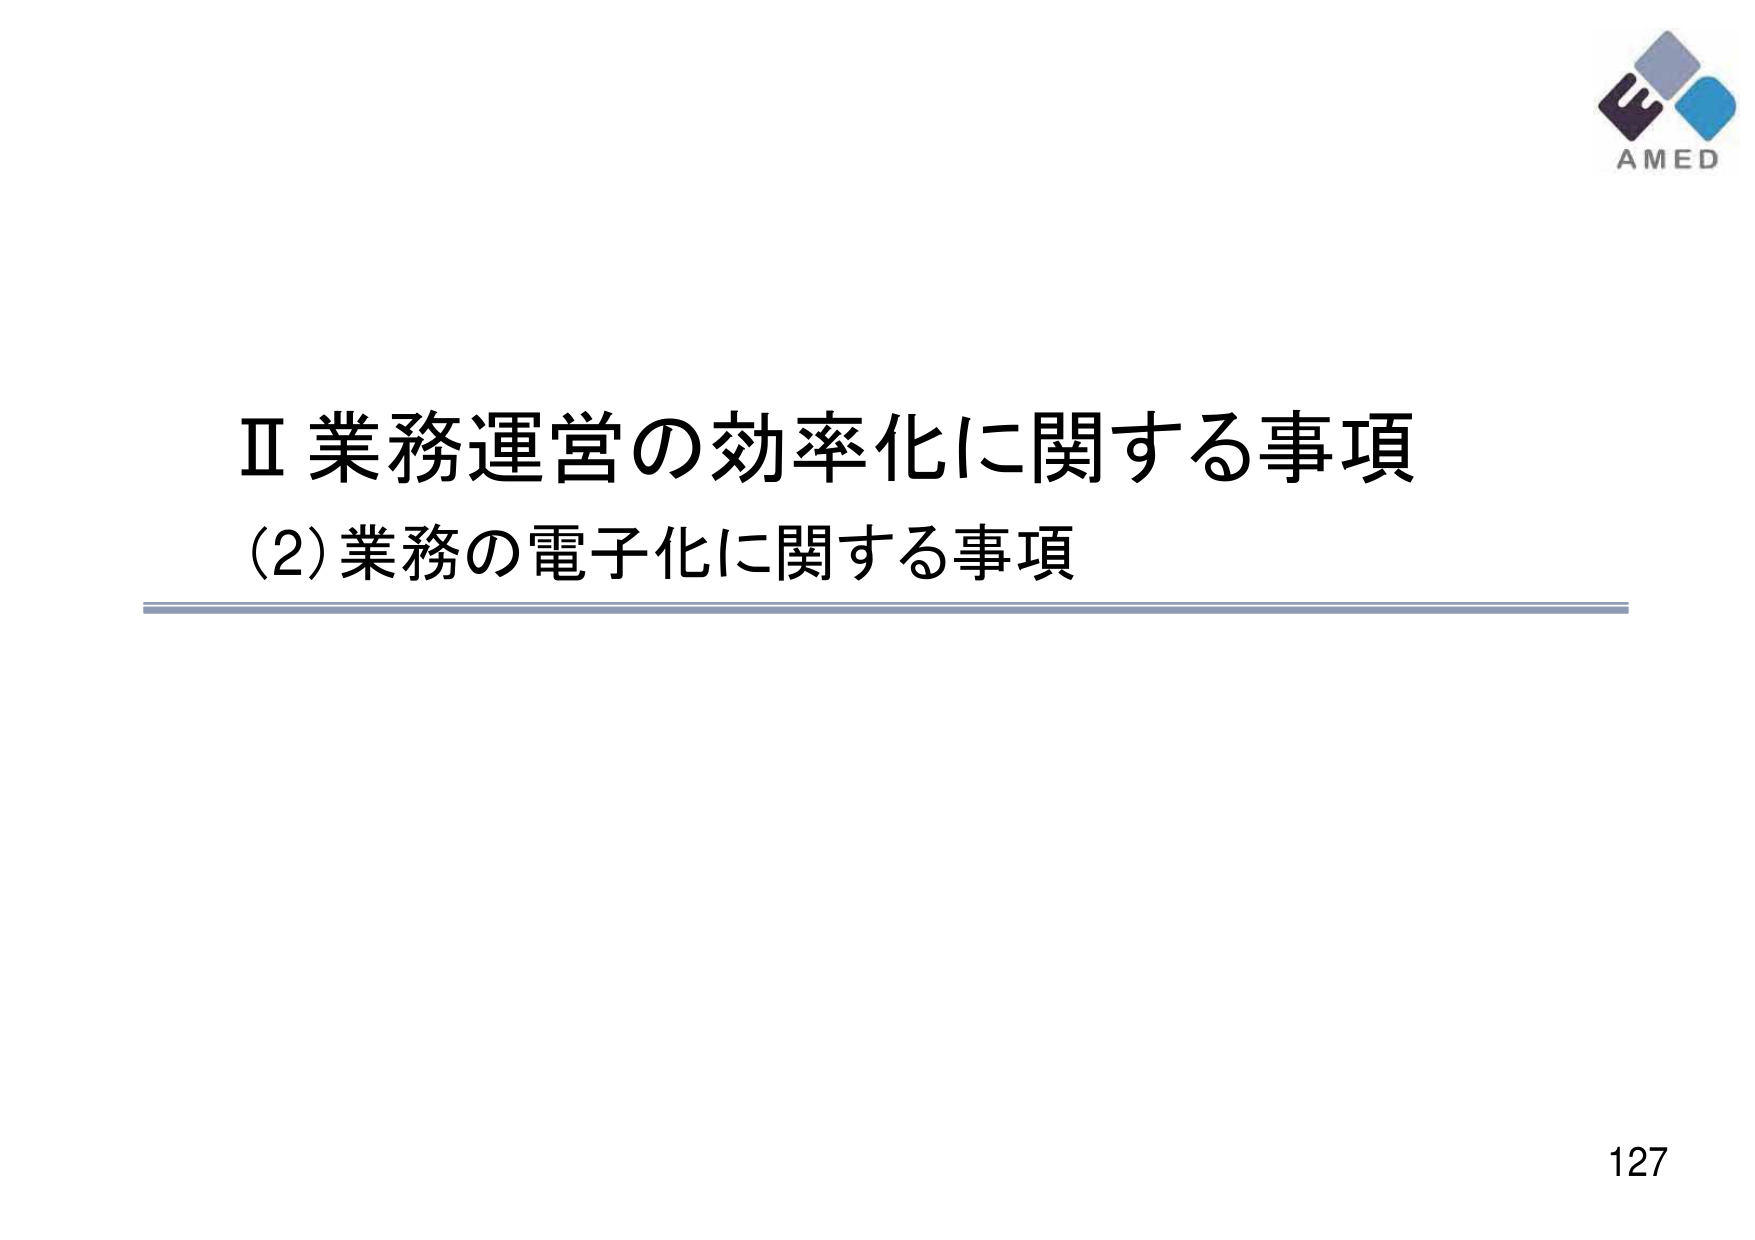
Ⅱ 業務運営の効率化に関する事項
(2) 業務の電子化に関する事項
AMED
127